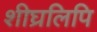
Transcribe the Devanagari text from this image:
शीघ्रलिपि